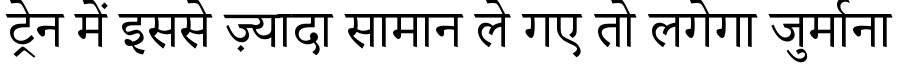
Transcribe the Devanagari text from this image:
ट्रेन में इससे ज़्यादा सामान ले गए तो लगेगा जुर्माना